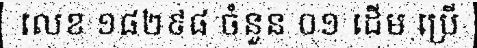
លេខ ១៨២៩៨ ចំនួន ០១ ដើម ប្រើ